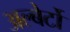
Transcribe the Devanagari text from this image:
अल्बेर्टो